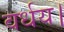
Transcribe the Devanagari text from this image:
वर्धय।